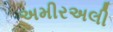
અમીરઅલી